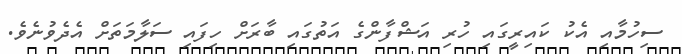
ސިހުމާއި އެކު ކައިރީގައި ހުރި އަޝްފާންގެ އަތުގައި ބާރަށް ހިފައި ސަލާމަތަށް އެދެވުނެވެ.